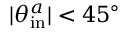
| \theta _ { \mathrm { i n } } ^ { a } | < 4 5 ^ { \circ }